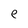
Character: e